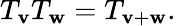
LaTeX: T_{\mathbf{v}}T_{\mathbf{w}}=T_{\mathbf{v}+\mathbf{w}}.